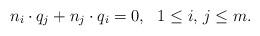
LaTeX: \begin{align*}n_i\cdot q_j + n_j\cdot q_i = 0,\ \ 1 \le i,\, j \le m.\end{align*}